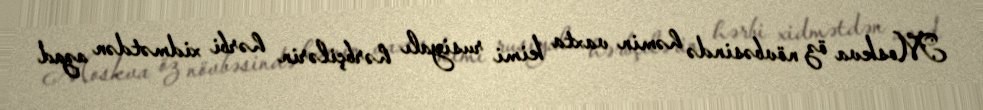
Moskva öz növbəsində həmin vaxta kimi rusiyalı hərbçilərin hərbi xidmətdən azad